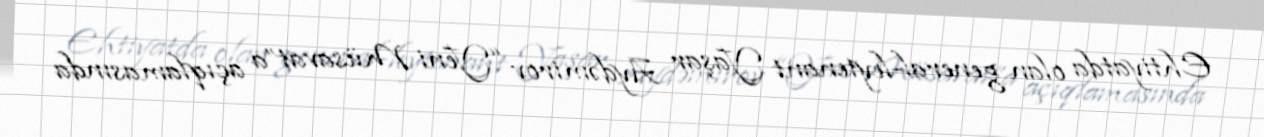
Ehtiyatda olan general-leytenant Yaşar Aydəmirov “Yeni Müsavat”a açıqlamasında